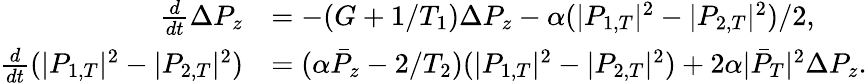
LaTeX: \begin{array}{rl}{\frac{d}{dt}\Delta P_{z}}&{=-(G+1/T_{1})\Delta P_{z}-\alpha(|P_{1,T}|^{2}-|P_{2,T}|^{2})/2,}\\ {\frac{d}{dt}(|P_{1,T}|^{2}-|P_{2,T}|^{2})}&{=(\alpha\bar{P}_{z}-2/T_{2})(|P_{1,T}|^{2}-|P_{2,T}|^{2})+2\alpha|\bar{P}_{T}|^{2}\Delta P_{z}.}\end{array}